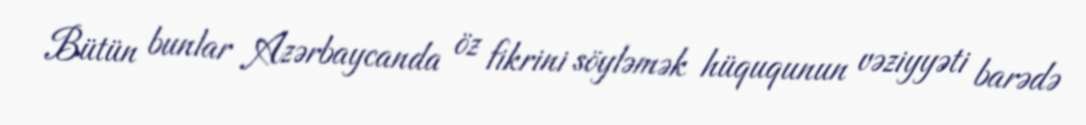
Bütün bunlar Azərbaycanda öz fikrini söyləmək hüququnun vəziyyəti barədə